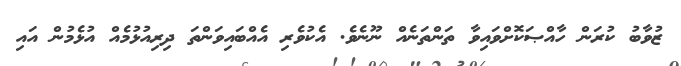
ޒުވާބު ކުރަން ހާއްޞަކޮށްވައިވާ ތަންތަނެއް ނޫނެވެ. އެކުވެރި އެއްބައިވަންތަ ދިރިއުޅުމެއް އުޅެމުން އައި